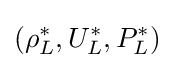
(\rho _{L}^{\ast },U_{L}^{\ast },P_{L}^{\ast })